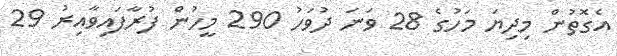
އެގޮތުން މިދިޔަ މަހުގެ 28 ވަނަ ދުވަހު 290 މީހުން ފުރާފައިވާއިރު 29